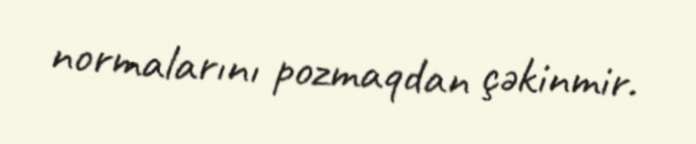
normalarını pozmaqdan çəkinmir.